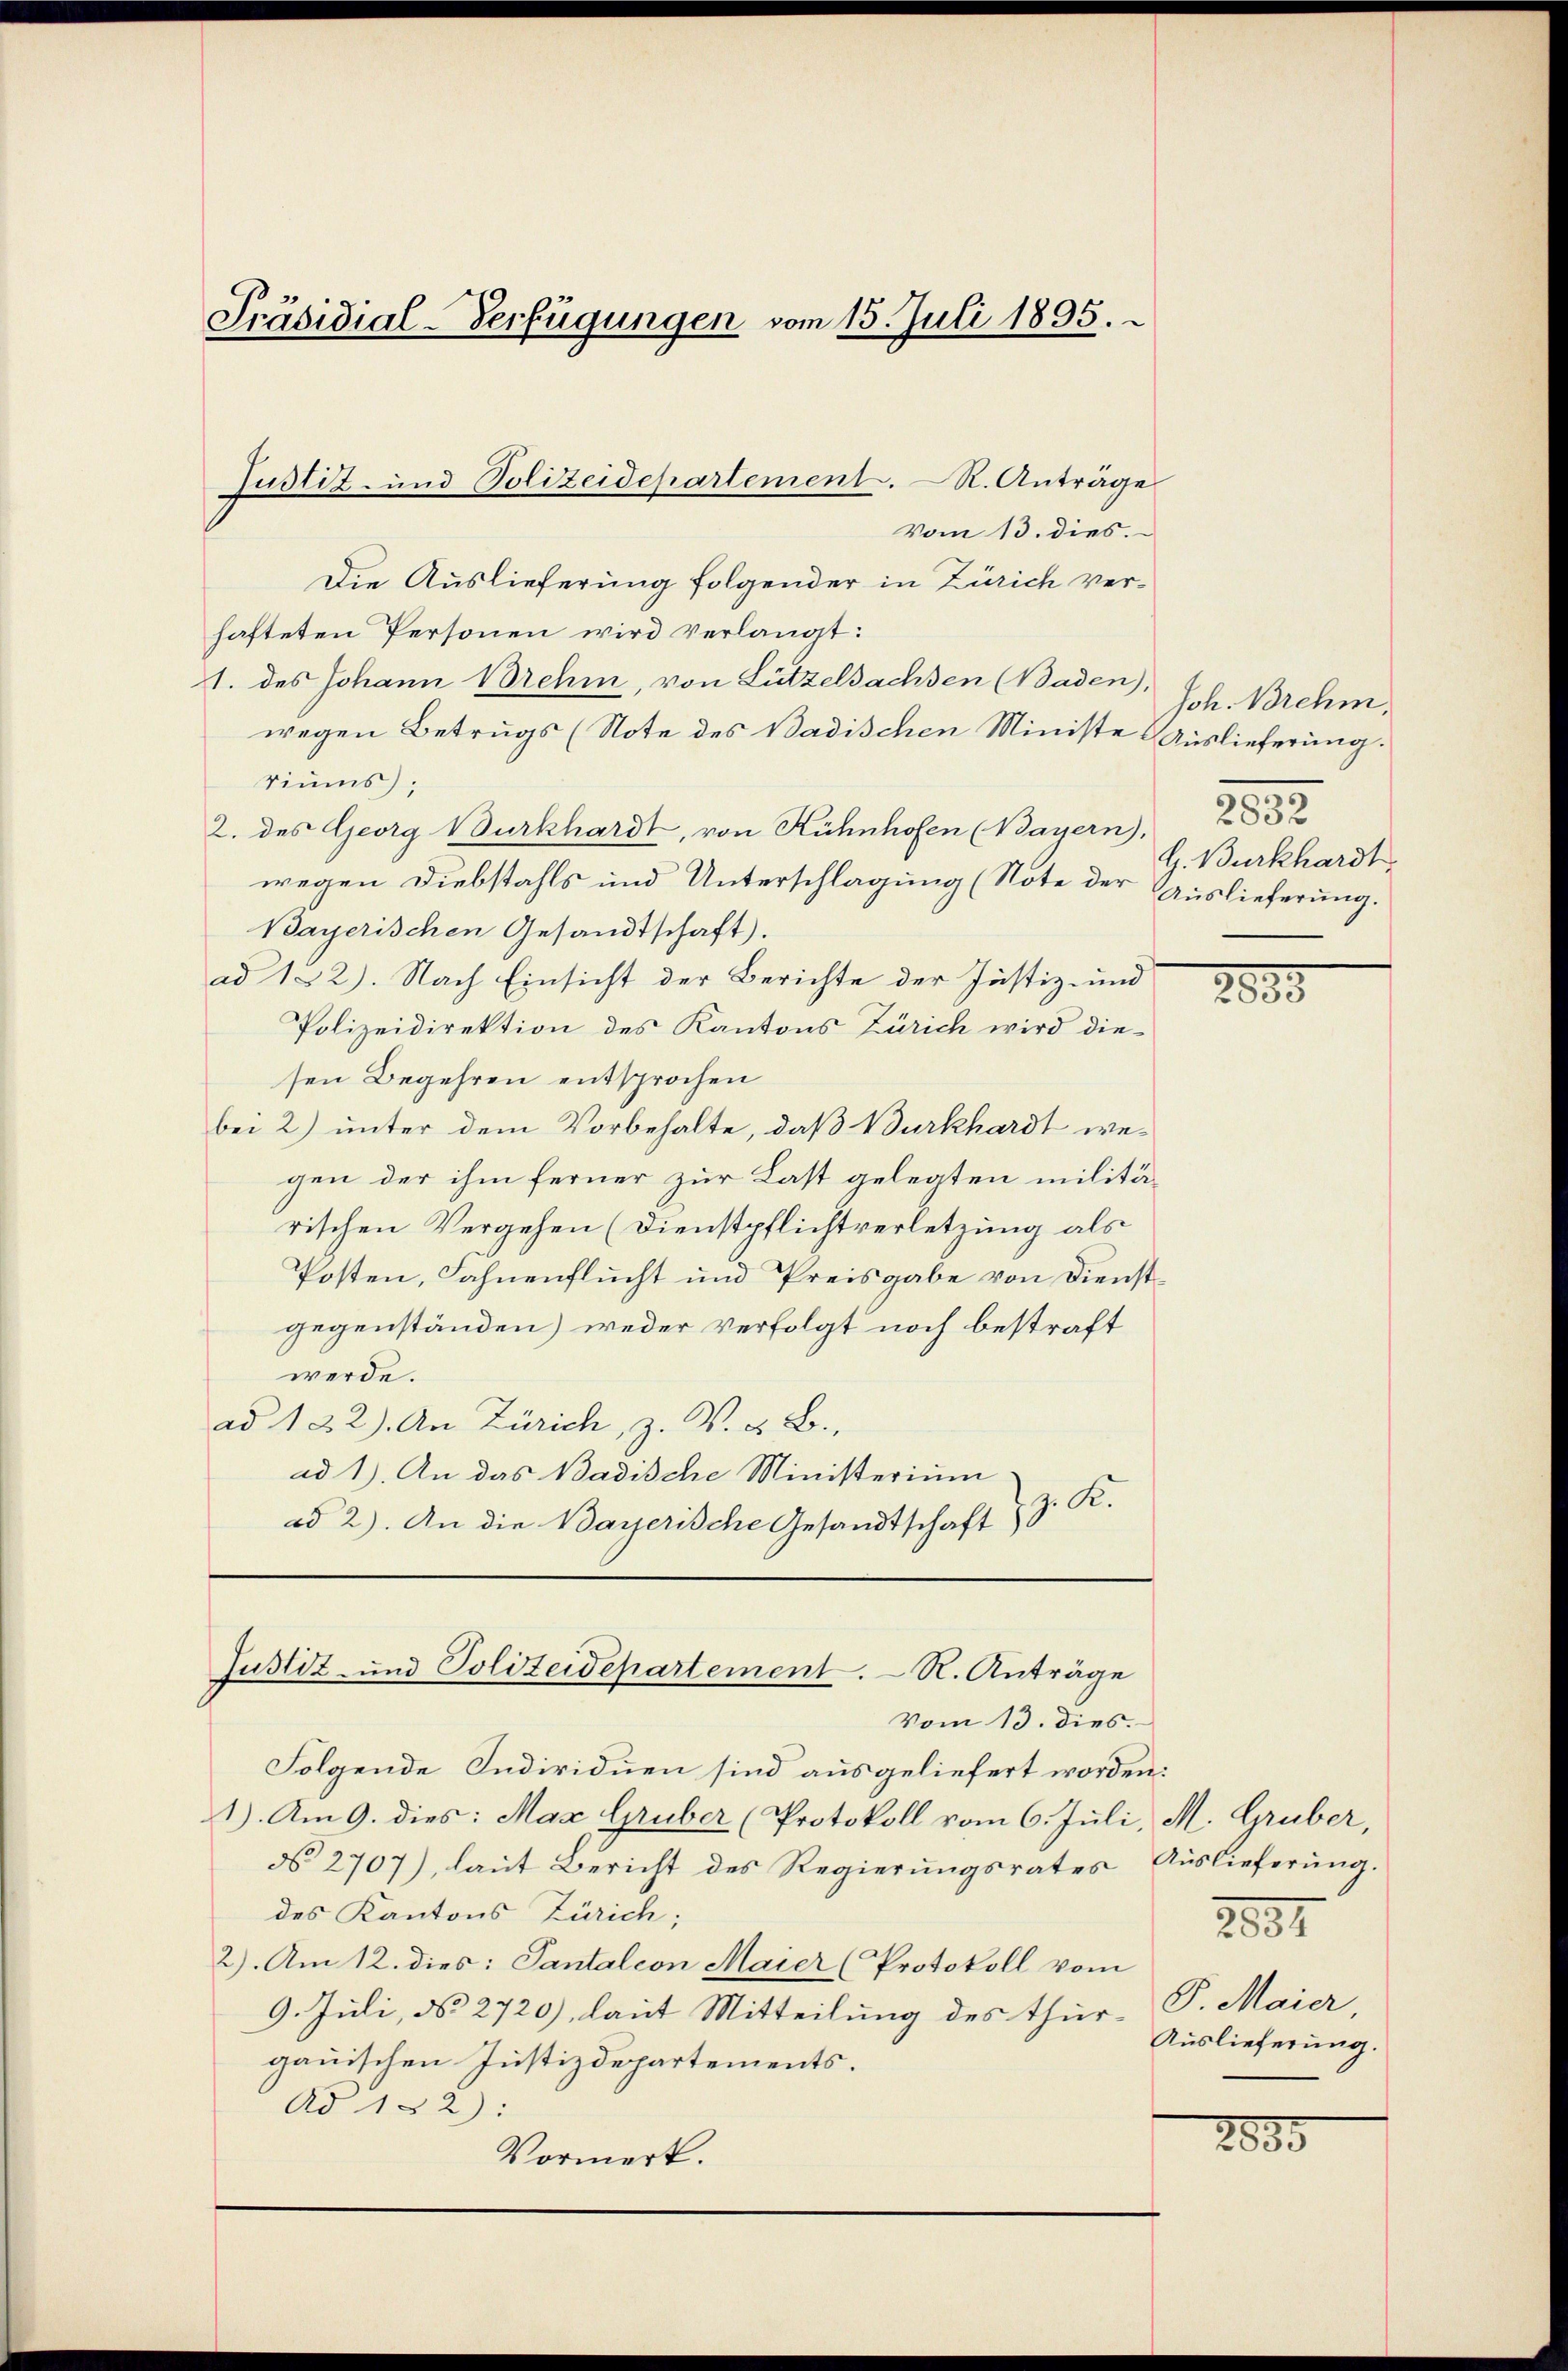
Präsidial-Verfügungen vom 15. Juli 1895.

vom 13. dies.
Die Auslieferung folgender in Zürich verhafteten Personen wird verlangt:
1. des Johann Brehm, von Lützelsachsen (Baden),
wegen Betrugs (Note des Badischen Ministe Auslieferung.
riums);
2. des Georg Burkhardt, von Kühnhofen (Bayern) 82
wegen Diebstahls und Unterschlagung (Note der Auslieferung.
Bayerischen Gesandtschaft).
ad 122). Nach Einsicht der Berichte der Justiz- und
Polizeidirektion des Kantons Zürich wird die
sen Begehren entsprochen
bei 2) unter dem Vorbehalte, daß Burkhardt wegen der ihm ferner zur Last gelegten militärischen Vergehen (Dienstpflichtverletzung als
Posten, Fahnenflucht und Preisgabe von Dienstgegenständen) weder verfolgt noch bestraft
werde.
ad 122). An Zürich, z. V. & B.,
ad 1. An das Badische Ministerium
ad 2). An die Bayerische Gesandtschaft z. K.

Justiz- und Polizeidepartement. R. Anträge

Justiz- und Polizeidepartement. R. Anträge

Vom 13. dies.
Folgende Individuen sind ausgeliefert worden:
1). Am 9. dies: Max Gruber (Protokoll vom 6. Juli, M. Gruber,
N 2707), laut Bericht des Regierŭngsrates Auslieferŭng.
des Kantons Zürich;
2). Am 12. dies: Pantalion Maier (Protokoll vom
9. Juli, d. 2720), laut Mitteilung des thur- P. Maier
gauischen Justizdepartements.
Ad 152):
Vormerk.

Joh. Brehm,
G. Burkhardt.

2035

2881
Auslieferung.

2890